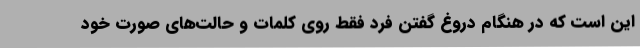
این است که در هنگام دروغ گفتن فرد فقط روی کلمات و حالت‌های صورت خود